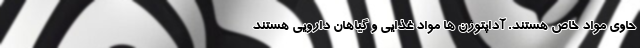
حاوی مواد خاص هستند. آداپتوژن ها مواد غذایی و گیاهان دارویی هستند